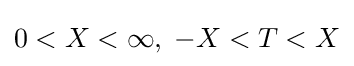
0<X<\infty ,\;-X<T<X